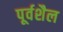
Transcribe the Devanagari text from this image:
पूर्वशैल